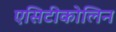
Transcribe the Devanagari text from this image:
एसिटीकोलिन